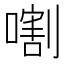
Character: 𱔣